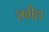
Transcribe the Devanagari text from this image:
शबीहा